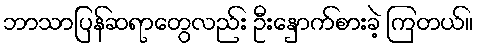
ဘာသာပြန်ဆရာတွေလည်း ဦးနှောက်စားခဲ့ ကြတယ်။